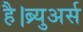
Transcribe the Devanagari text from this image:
है।ब्र्युअर्स